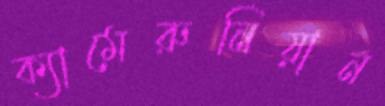
ক্যামেরুনিয়ান